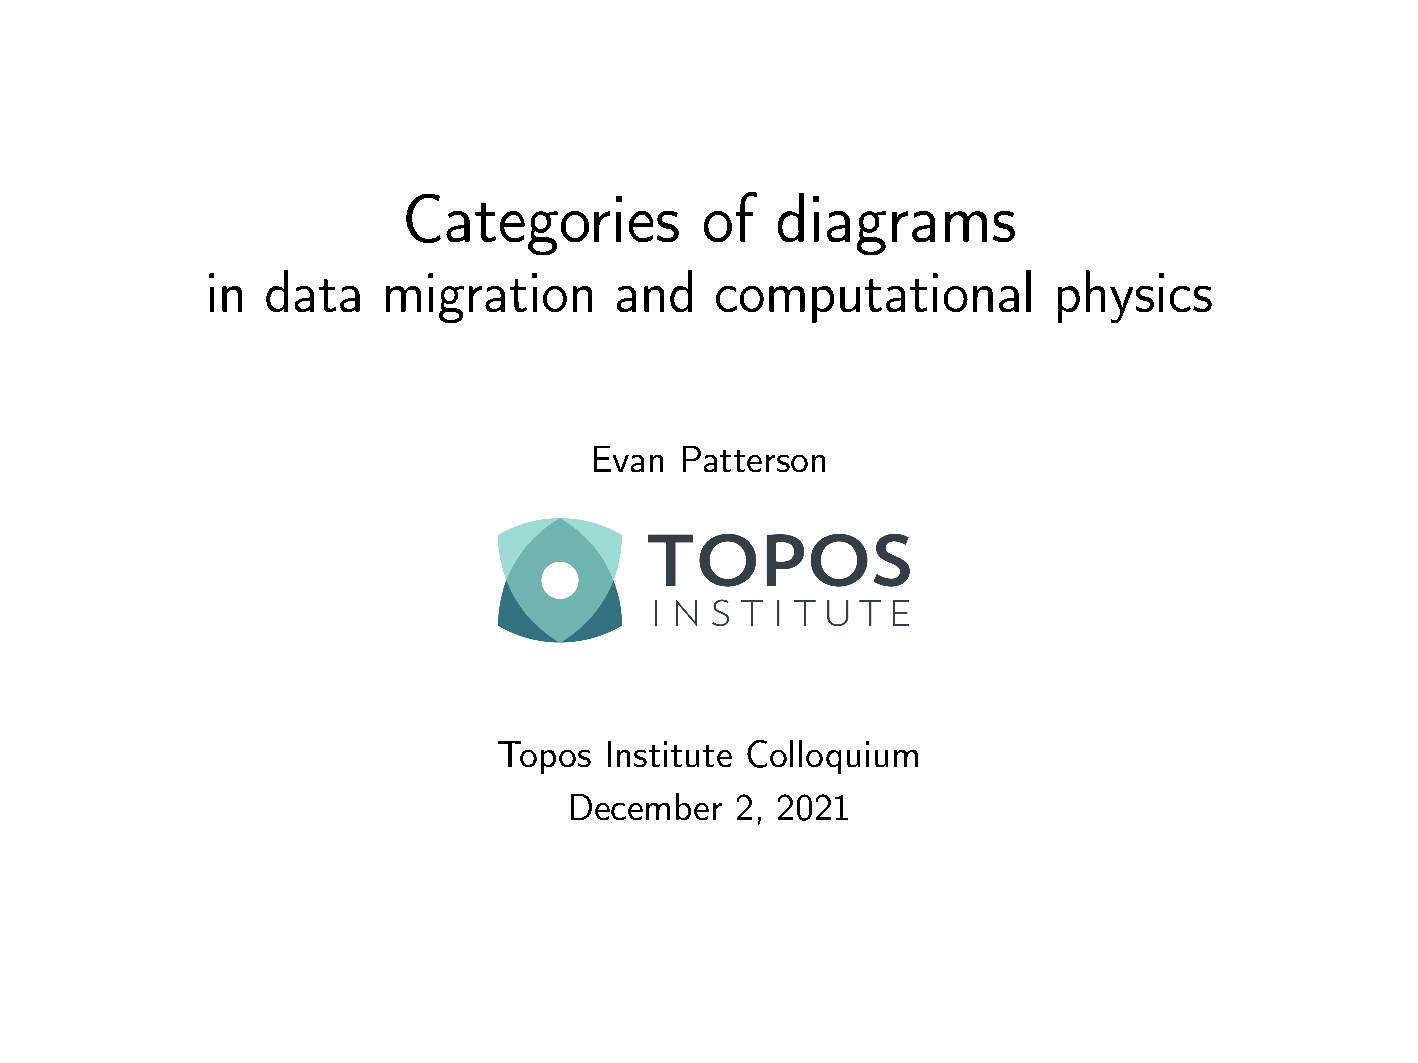
Categories         of   diagrams
 in data    migration       and   computational          physics
 Evan  Patterson
 Topos  Institute Colloquium
 December   2, 2021